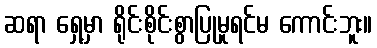
ဆရာ ရှေ့မှာ ရိုင်းစိုင်းစွာပြုမူရင်မ ကောင်းဘူး။